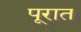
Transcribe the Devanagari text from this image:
पूरात